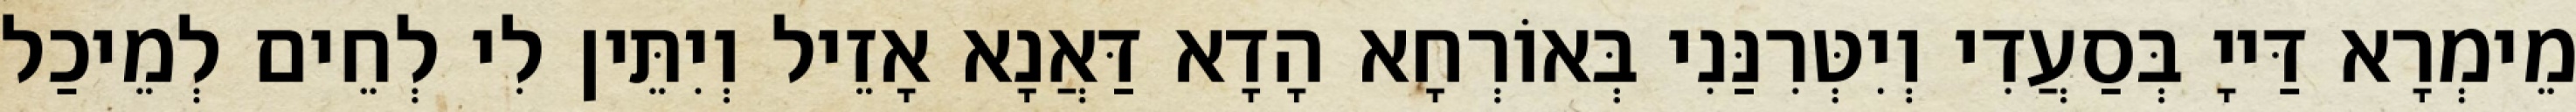
מֵימְרָא דַּייָ בְּסַעֲדִי וְיִטְּרִנַּנִי בְּאוֹרְחָא הָדָא דַּאֲנָא אָזֵיל וְיִתֵּין לִי לְחֵים לְמֵיכַל